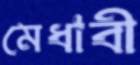
মেধাবী